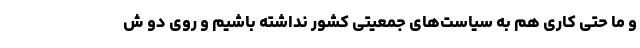
و ما حتی کاری هم به سیاست‌های جمعیتی کشور نداشته باشیم و روی دو ش